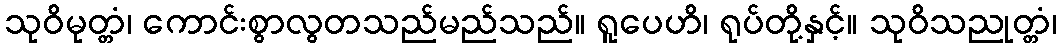
သုဝိမုတ္တံ၊ ကောင်းစွာလွတသည်မည်သည်။ ရူပေဟိ၊ ရုပ်တို့နှင့်။ သုဝိသညုတ္တံ၊